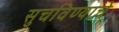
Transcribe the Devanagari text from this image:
सुचविण्याचे